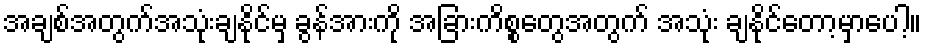
အချစ်အတွက်အသုံးချနိုင်မှ ခွန်အားကို အခြားကိစ္စတွေအတွက် အသုံး ချနိုင်တော့မှာပေါ့။